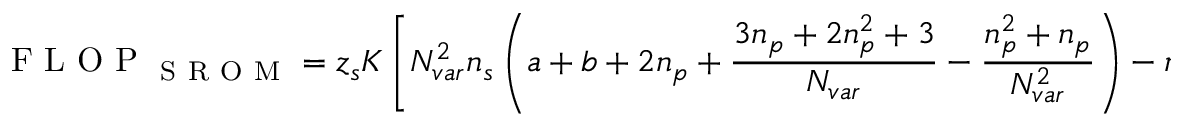
\mathrm { ~ F ~ L ~ O ~ P ~ } _ { \mathrm { ~ S ~ R ~ O ~ M ~ } } = z _ { s } K \left[ \ensuremath { N _ { v a r } } ^ { 2 } \ensuremath { n _ { s } } \left( a + b + 2 \ensuremath { n _ { p } } + \frac { 3 \ensuremath { n _ { p } } + 2 \ensuremath { n _ { p } } ^ { 2 } + 3 } { \ensuremath { N _ { v a r } } } - \frac { \ensuremath { n _ { p } } ^ { 2 } + \ensuremath { n _ { p } } } { \ensuremath { N _ { v a r } } ^ { 2 } } \right) - \ensuremath { n _ { p } } + \ensuremath { n _ { p } } ^ { 2 } + 3 \ensuremath { n _ { p } } ^ { 3 } \right]